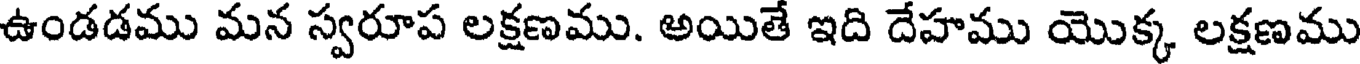
ఉండడము మన స్వరూప లక్షణము. అయితే ఇది దేహము యొక్క లక్షణము